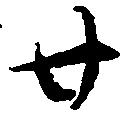
廿